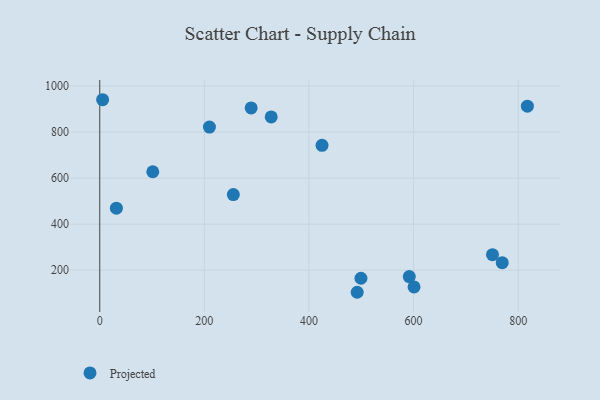
{"axis": {"x": "Engine Size", "y": "Fuel Efficiency"}, "legend": ["Projected"], "data": [{"x": "209.7", "y": 821.6, "type": "Projected"}, {"x": "817.6", "y": 912.5, "type": "Projected"}, {"x": "750.9", "y": 267.2, "type": "Projected"}, {"x": "600.9", "y": 127.2, "type": "Projected"}, {"x": "101.4", "y": 627.7, "type": "Projected"}, {"x": "289.5", "y": 904.9, "type": "Projected"}, {"x": "492.2", "y": 104.0, "type": "Projected"}, {"x": "769.5", "y": 232.4, "type": "Projected"}, {"x": "31.8", "y": 469.3, "type": "Projected"}, {"x": "5.5", "y": 940.5, "type": "Projected"}, {"x": "499.4", "y": 164.9, "type": "Projected"}, {"x": "591.8", "y": 172.4, "type": "Projected"}, {"x": "425.0", "y": 742.4, "type": "Projected"}, {"x": "255.4", "y": 528.4, "type": "Projected"}, {"x": "327.8", "y": 865.8, "type": "Projected"}]}